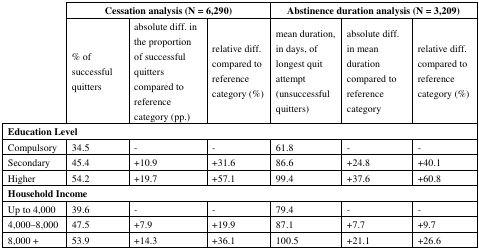
<table><thead><tr><td rowspan="2"></td><td colspan="3"><b>Cessation analysis (N = 6,290)</b></td><td colspan="3"><b>Abstinence duration analysis (N = 3,209)</b></td></tr><tr><td><b>% of successful quitters</b></td><td><b>absolute diff. in the proportion of successful quitters compared to reference category (pp.)</b></td><td><b>relative diff. compared to reference category (%)</b></td><td><b>mean duration, in days, of longest quit attempt (unsuccessful quitters)</b></td><td><b>absolute diff. in mean duration compared to reference category</b></td><td><b>relative diff. compared to reference category (%)</b></td></tr></thead><tbody><tr><td colspan="7"><b>Education Level</b></td></tr><tr><td>Compulsory</td><td>34.5</td><td>-</td><td>-</td><td>61.8</td><td>-</td><td>-</td></tr><tr><td>Secondary</td><td>45.4</td><td>+10.9</td><td>+31.6</td><td>86.6</td><td>+24.8</td><td>+40.1</td></tr><tr><td>Higher</td><td>54.2</td><td>+19.7</td><td>+57.1</td><td>99.4</td><td>+37.6</td><td>+60.8</td></tr><tr><td colspan="7"><b>Household Income</b></td></tr><tr><td>Up to 4,000</td><td>39.6</td><td>-</td><td>-</td><td>79.4</td><td>-</td><td>-</td></tr><tr><td>4,000–8,000</td><td>47.5</td><td>+7.9</td><td>+19.9</td><td>87.1</td><td>+7.7</td><td>+9.7</td></tr><tr><td>8,000 +</td><td>53.9</td><td>+14.3</td><td>+36.1</td><td>100.5</td><td>+21.1</td><td>+26.6</td></tr></tbody></table>